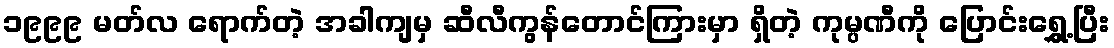
၁၉၉၉ မတ်လ ရောက်တဲ့ အခါကျမှ ဆီလီကွန်တောင်ကြားမှာ ရှိတဲ့ ကုမ္ပဏီကို ပြောင်းရွှေ့ပြီး